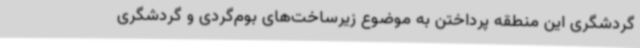
گردشگری این منطقه پرداختن به موضوع زیرساخت‌های بوم‌گردی و گردشگری